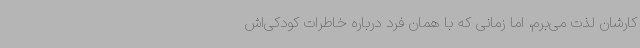
کارشان لذت می‌برم، اما زمانی که با همان فرد درباره خاطرات کودکی‌اش